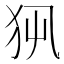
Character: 𤜿